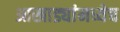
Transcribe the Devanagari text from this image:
आखाड्यांमध्येच